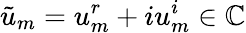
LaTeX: \tilde{u}_{m}=u_{m}^{r}+iu_{m}^{i}\in\mathbb{C}